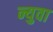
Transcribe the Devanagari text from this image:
न्युवा